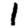
Digit: 1